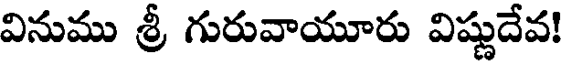
వినుము శ్రీ గురువాయూరు విష్ణుదేవ!